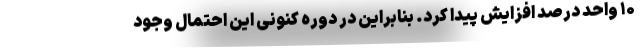
۱۰ واحد درصد افزایش پیدا کرد. بنابراین در دوره کنونی این احتمال وجود